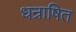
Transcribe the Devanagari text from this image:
धन्राषित